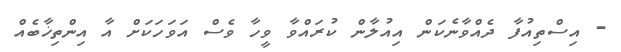
- އިސްތިއުފާ ދެއްވާނެކަން އިއުލާން ކުރައްވާ ވީހާ ވެސް އަވަހަކަށް އާ އިންތިޚާބެއް